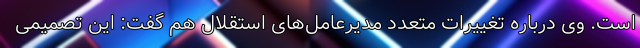
است. وی درباره تغییرات متعدد مدیرعامل‌های استقلال هم گفت: این تصمیمی